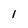
Character: 1